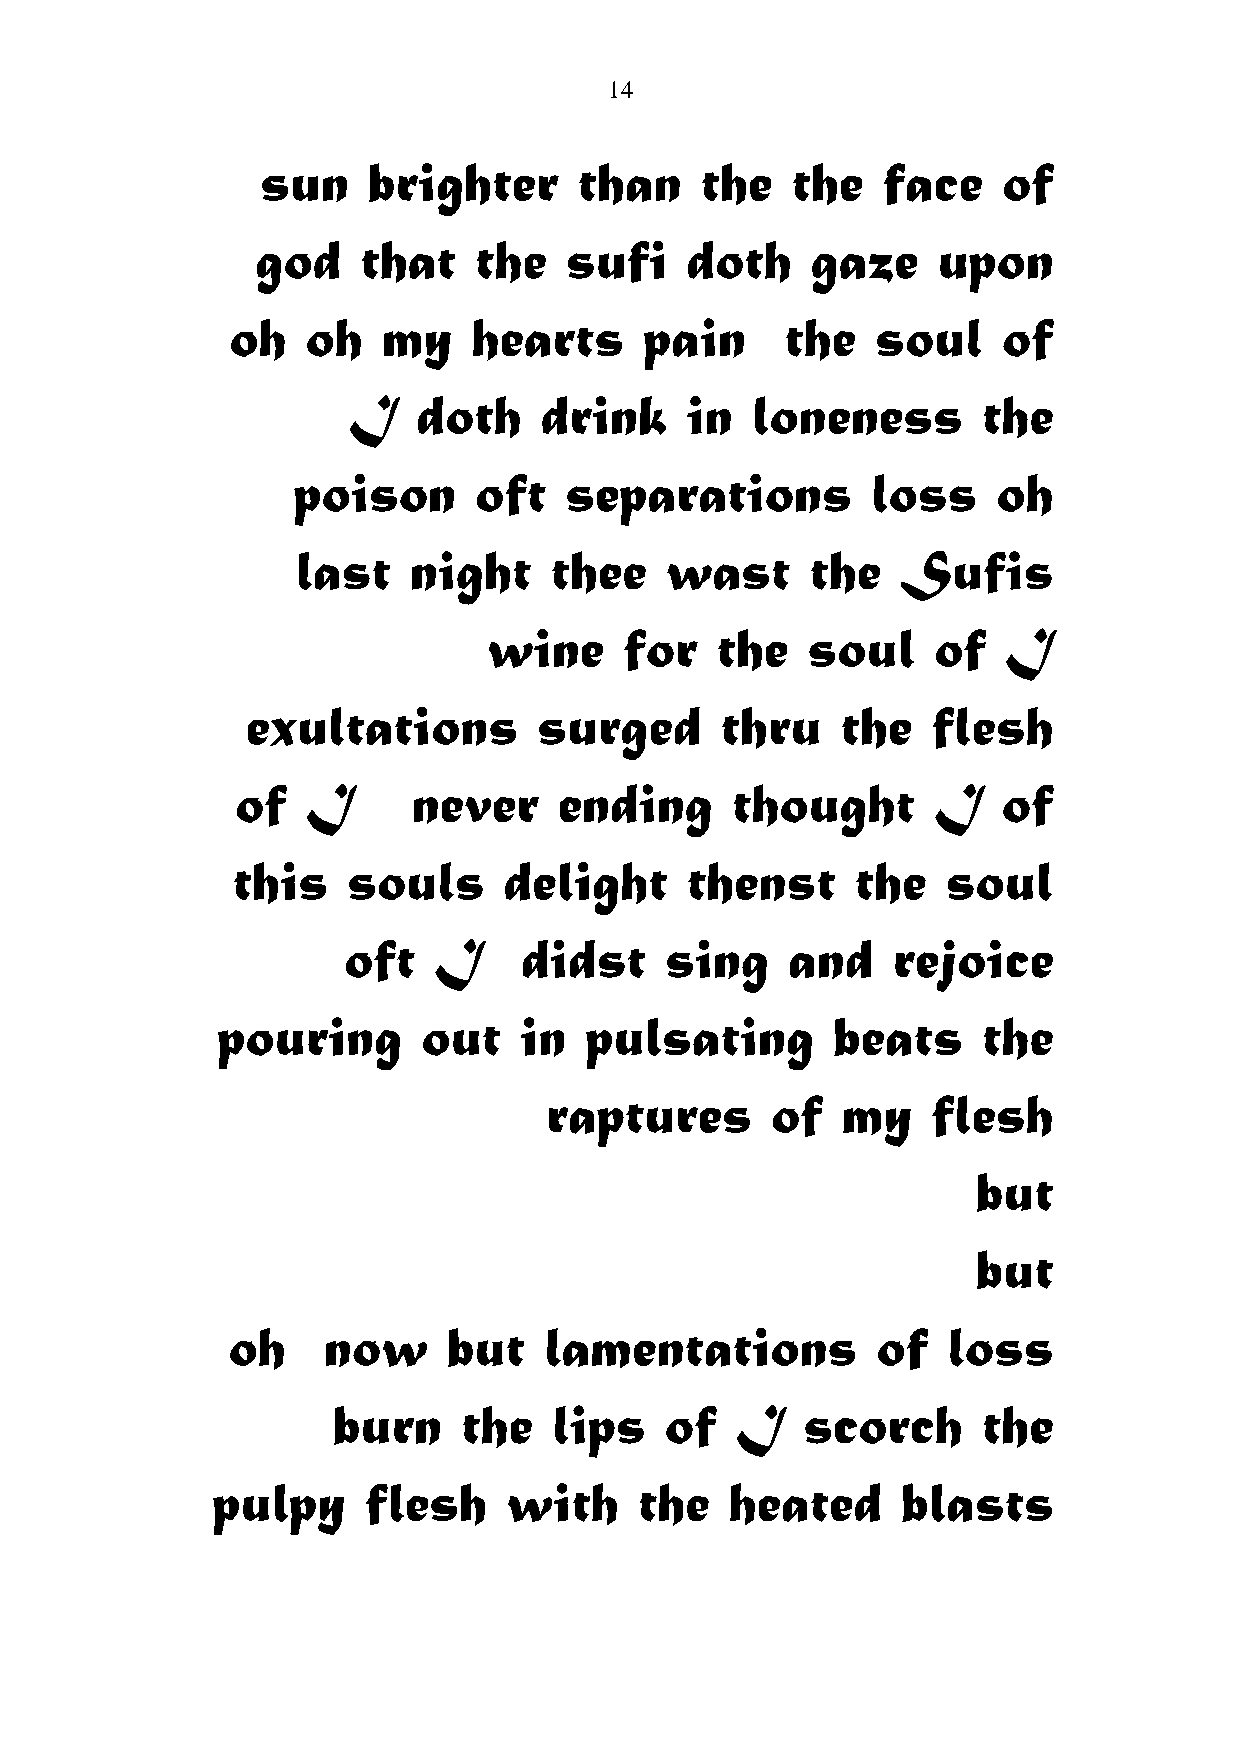
14
 sun    brighter      than    the   the   face    of
 god    that   the   sufi    doth     gaze    upon
 oh   oh   my    hearts      pain     the   soul    of
 I    doth    drink    in   loneness       the
 poison      oft   separations          loss    oh
 last   night    thee    wast      the   Sufis
 wine     for   the   soul     of  I
 exultations         surged      thru    the   flesh
 of  I      never     ending     thought       I   of
 this    souls     delight     thenst      the   soul
 oft   I    didst     sing    and    rejoice
 pouring       out   in   pulsating       beats     the
 raptures       of   my    flesh
 but
 but
 oh    now      but   lamentations          of   loss
 burn     the   lips   of   I   scorch      the
 pulpy     flesh    with     the   heated      blasts